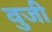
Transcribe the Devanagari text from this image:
वुजी